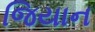
જિયાન